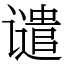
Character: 谴